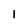
Character: 1